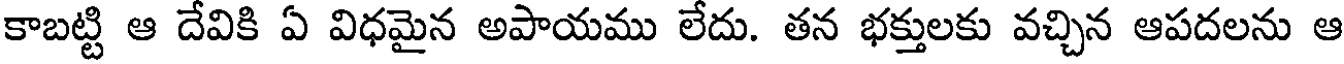
కాబట్టి ఆ దేవికి ఏ విధమైన అపాయము లేదు. తన భక్తులకు వచ్చిన ఆపదలను ఆ